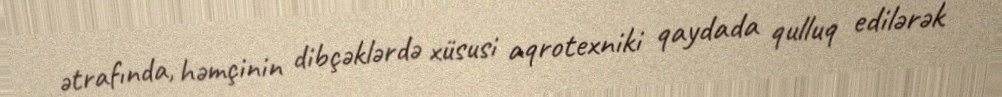
ətrafında, həmçinin dibçəklərdə xüsusi aqrotexniki qaydada qulluq edilərək